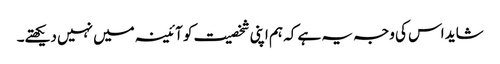
شاید اس کی وجہ یہ ہے کہ ہم اپنی شخصیت کو آئینہ میں نہیں دیکھتے۔